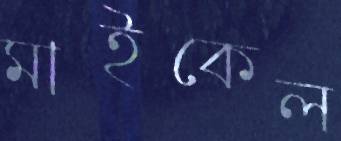
মাইকেল